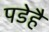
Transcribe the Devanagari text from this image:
पडेहै